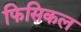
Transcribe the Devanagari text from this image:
फिसिकल